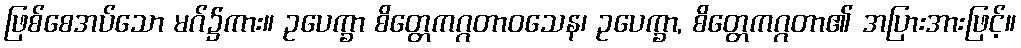
ဖြစ်စေအပ်သော မဂ်၌ကား။ ဥပေက္ခာ စိတ္တေကဂ္ဂတာဝသေန၊ ဥပေက္ခာ, စိတ္တေကဂ္ဂတာ၏ အပြားအားဖြင့်။